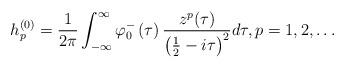
LaTeX: \begin{align*}h_{p}^{\left( 0\right) }=\frac{1}{2\pi}\int_{-\infty}^{\infty}\varphi_{0}^{-}\left( \tau\right) \frac{z^{p}(\tau)}{\left( \frac{1}{2}-i\tau\right) ^{2}}d\tau,p=1,2,\ldots\end{align*}